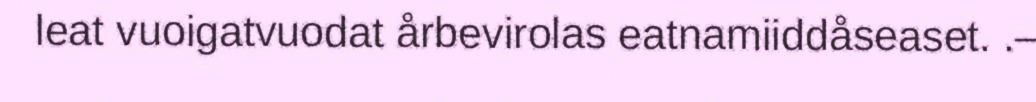
leat vuoigatvuodat årbevirolas eatnamiiddåseaset. .–